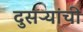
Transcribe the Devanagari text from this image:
दुसऱ्यांची